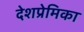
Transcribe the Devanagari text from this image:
देशप्रेमिका